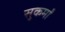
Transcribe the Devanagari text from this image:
सुकर्मों